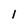
Character: I